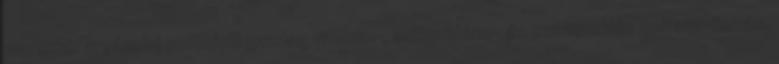
marokkói argánolaj rendkívül gazdag vitamin-, antioxidáns- és esszenciális zsírsav-forrás.